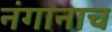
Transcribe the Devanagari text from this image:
नंगानाच